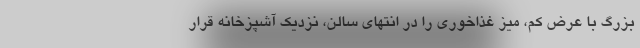
بزرگ با عرض کم، میز غذاخوری را در انتهای سالن، نزدیک آشپزخانه قرار